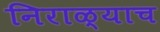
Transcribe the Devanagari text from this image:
निराळ्याच